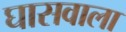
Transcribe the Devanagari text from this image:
घासवाला